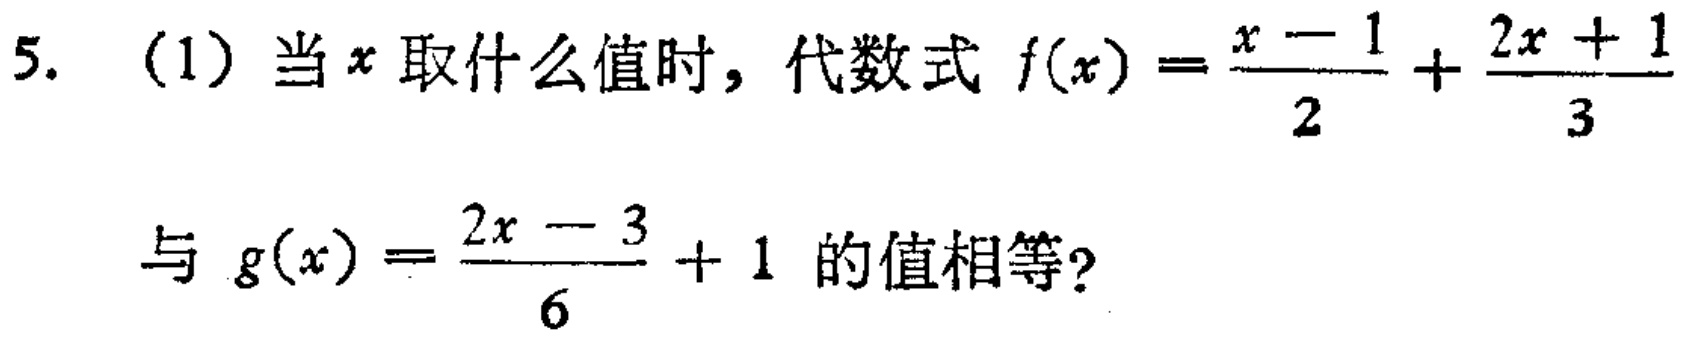
5. (1) 当\(x\)取什么值时，代数式\(f(x)=\frac{x - 1}{2}+\frac{2x + 1}{3}\)与\(g(x)=\frac{2x - 3}{6}+1\)的值相等？